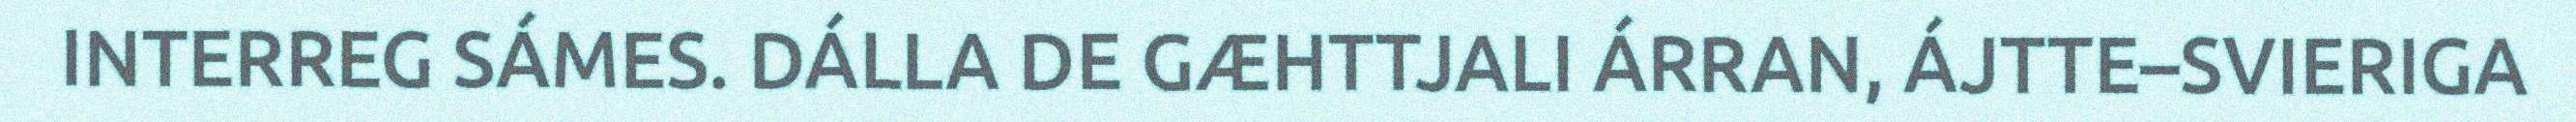
INTERREG SÁMES. DÁLLA DE GÆHTTJALI ÁRRAN, ÁJTTE–SVIERIGA